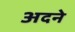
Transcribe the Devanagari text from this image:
अदने